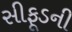
સીફૂડની